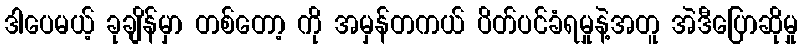
ဒါပေမယ့် ခုချိန်မှာ တစ်တော့ ကို အမှန်တကယ် ပိတ်ပင်ခံရမှုနဲ့အတူ အဲဒီပြောဆိုမှု